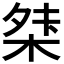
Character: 𭪖